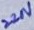
Text: 220V